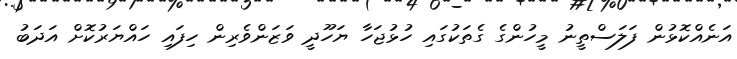
އަނެއްކޮޅުން ފަލަސްތީނު މީހުންގެ ގެތަކުގައި ހުޅުޖަހާ ޔަހޫދީ ވަޒަންވެރިން ހިފައި ހައްޔަރުކޮށް އަދަބު